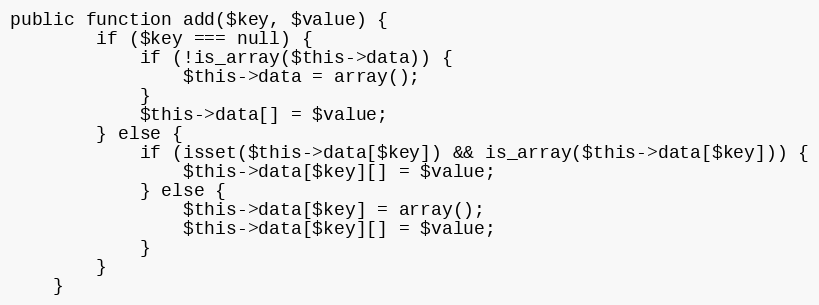
Language: PHP
public function add($key, $value) {
		if ($key === null) {
			if (!is_array($this->data)) {
				$this->data = array();
			}
			$this->data[] = $value;
		} else {
			if (isset($this->data[$key]) && is_array($this->data[$key])) {
				$this->data[$key][] = $value;
			} else {
				$this->data[$key] = array();
				$this->data[$key][] = $value;
			}
		}
	}